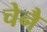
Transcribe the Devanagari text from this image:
चेनै